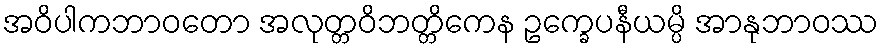
အဝိပါကဘာဝတော အလုတ္တဝိဘတ္တိကေန ဥက္ခေပနီယမ္ပိ အာနုဘာဝဿ